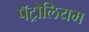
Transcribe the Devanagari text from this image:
पॅट्रोलियम